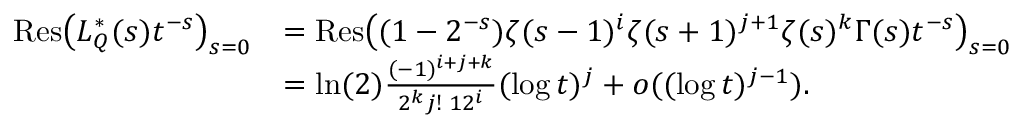
\begin{array} { r l } { { \operatorname { R e s } } \big ( L _ { Q } ^ { * } ( s ) t ^ { - s } \big ) _ { s = 0 } } & { = { \operatorname { R e s } } \big ( ( 1 - 2 ^ { - s } ) \zeta ( s - 1 ) ^ { i } \zeta ( s + 1 ) ^ { j + 1 } \zeta ( s ) ^ { k } \Gamma ( s ) t ^ { - s } \big ) _ { s = 0 } } \\ & { = \ln ( 2 ) \frac { ( - 1 ) ^ { i + j + k } } { 2 ^ { k } j ! \! \ 1 2 ^ { i } } ( \log { t } ) ^ { j } + o ( ( \log { t } ) ^ { j - 1 } ) . } \end{array}